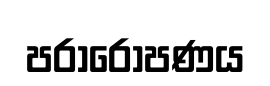
පරාරෝපණය